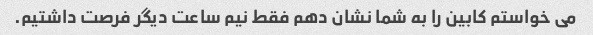
می خواستم کابین را به شما نشان دهم فقط نیم ساعت دیگر فرصت داشتیم.